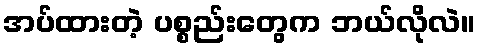
အပ်ထားတဲ့ ပစ္စည်းတွေက ဘယ်လိုလဲ။